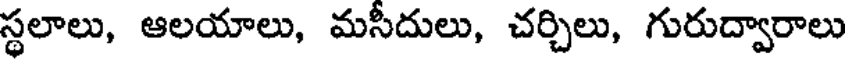
స్థలాలు, ఆలయాలు, మసీదులు, చర్చిలు, గురుద్వారాలు